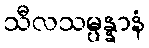
သီလသမ္ပန္နာနံ